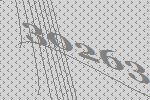
30263